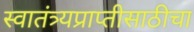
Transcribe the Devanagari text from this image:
स्वातंत्र्यप्राप्तीसाठीचा